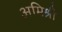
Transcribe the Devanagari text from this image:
अमिश्री